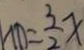
N D = \frac { 3 } { 2 } x